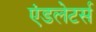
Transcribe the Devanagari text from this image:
एंडलेटर्स